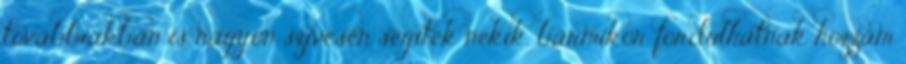
továbbiakban is nagyon szívesen segítek nekik, bármikor fordulhatnak hozzám